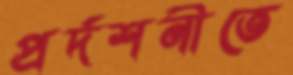
প্রর্দশনীতে